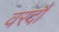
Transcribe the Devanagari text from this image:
वरदौं